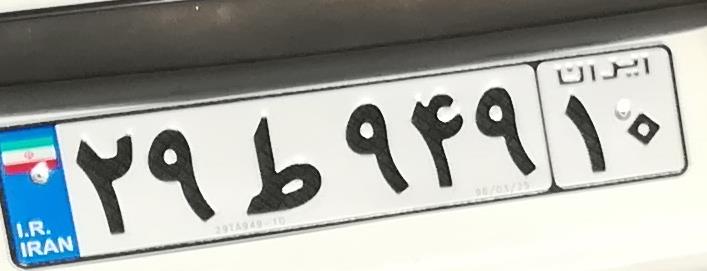
۲۹ط۹۴۹۱۰